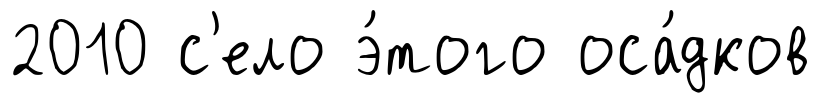
2010 с'ело э́того оса́дков